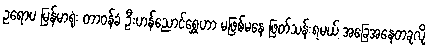
ဥရောပ မြန်မာရုံး တာဝန်ခံ ဦးဟန်ညောင်ရွှေဟာ မဖြစ်မနေ ဖြတ်သန်းရမယ့် အခြေအနေတခုလို့